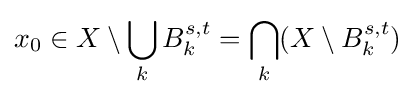
x_{0}\in X\setminus \bigcup _{k}B_{k}^{s,t}=\bigcap _{k}(X\setminus B_{k}^{s,t})